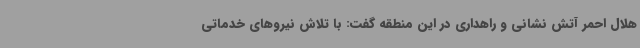
هلال احمر آتش نشانی و راهداری در این منطقه گفت: با تلاش نیروهای خدماتی